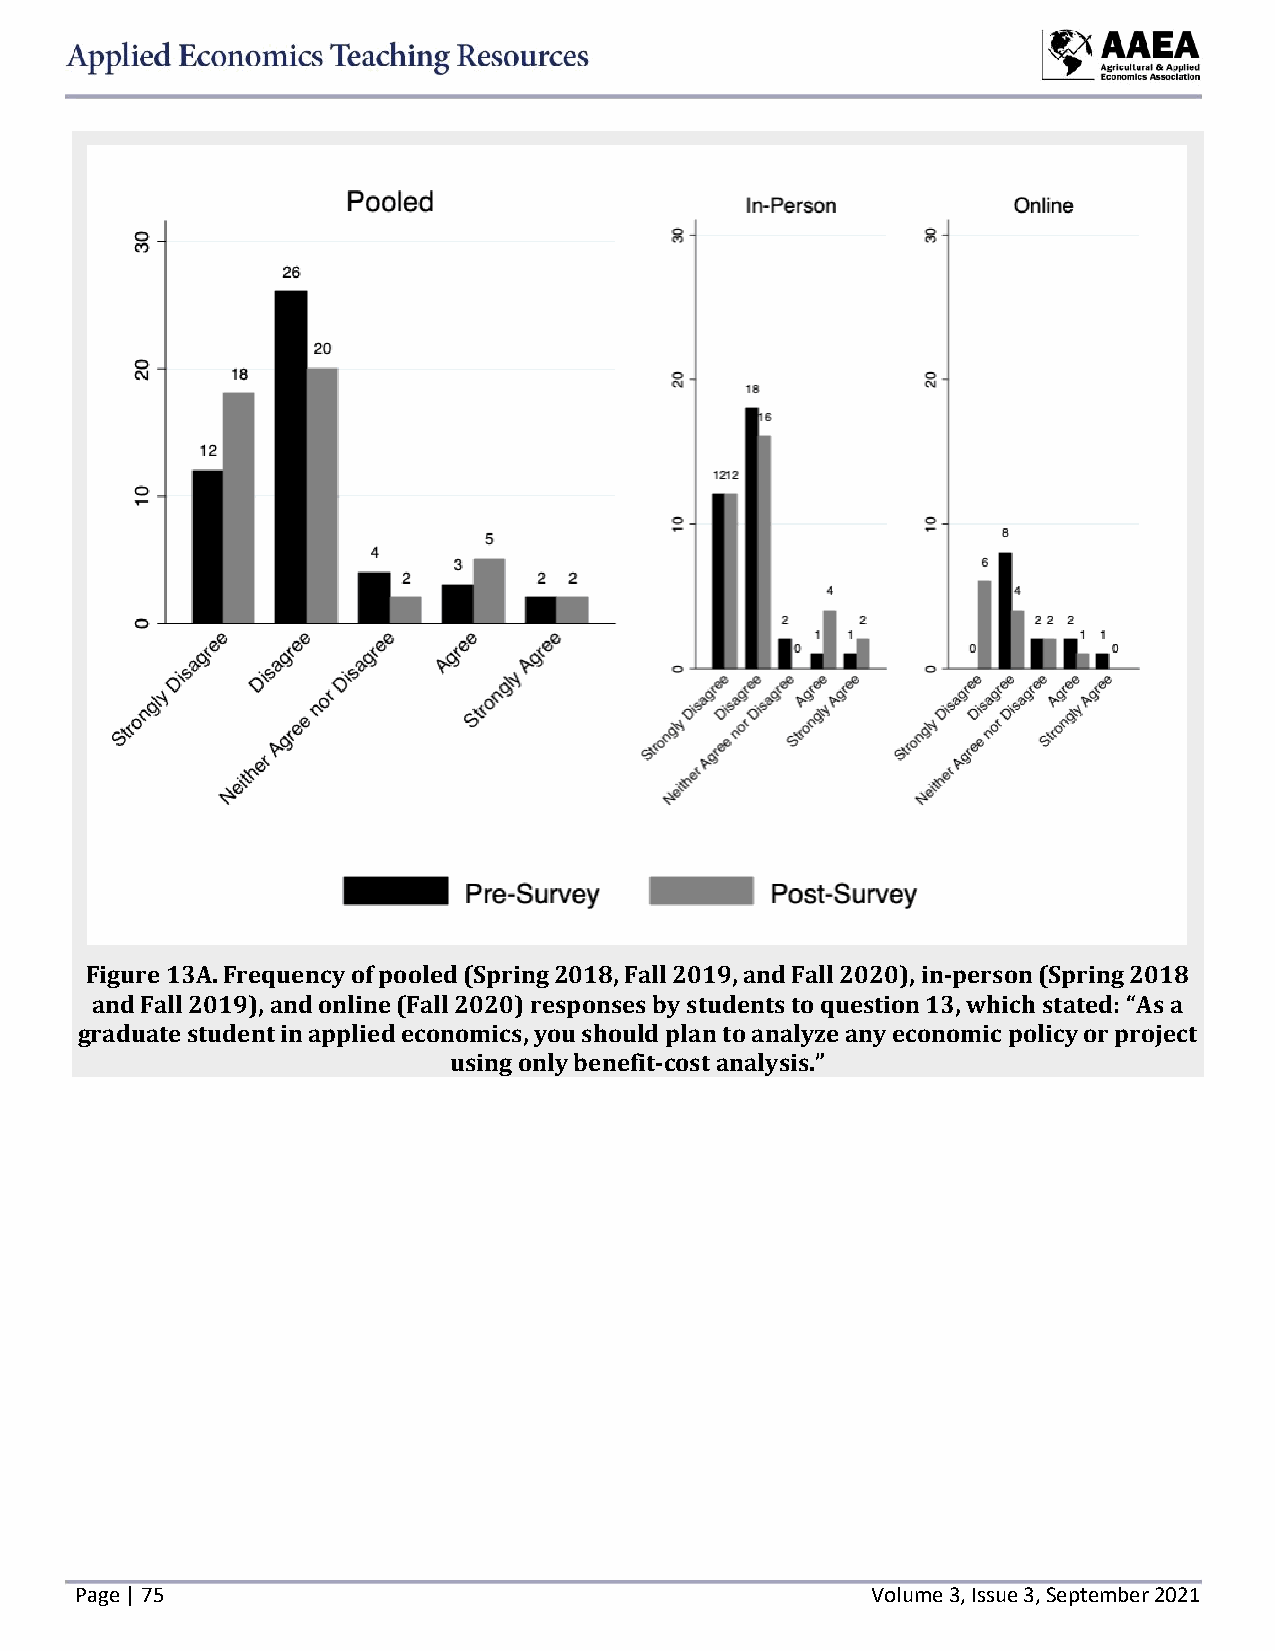
Figure 13A. Frequency of pooled (Spring 2018, Fall 2019, and Fall 2020), in-person (Spring 2018
 and Fall 2019), and online (Fall 2020) responses by students to question 13, which stated: “As a
 graduate student in applied economics, you should plan to analyze any economic policy or project
 using only benefit-cost analysis.”
 Page | 75                                            Volume 3, Issue 3, September 2021